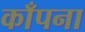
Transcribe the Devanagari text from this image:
काँपना